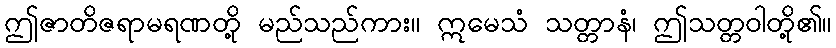
ဤဇာတိဇရာမရဏတို့ မည်သည်ကား။ ဣမေသံ သတ္တာနံ၊ ဤသတ္တဝါတို့၏။